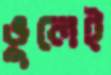
ভুলেই